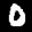
Label: 0